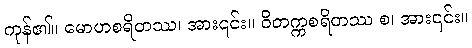
ကုန်၏။ မောဟစရိတဿ၊ အား၎င်း။ ဝိတက္ကစရိတဿ စ၊ အား၎င်း။